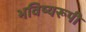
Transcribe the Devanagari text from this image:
भविष्यरूपी